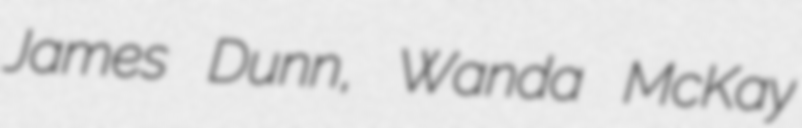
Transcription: James Dunn, Wanda McKay